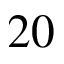
2 0